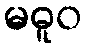
မဓူဝ